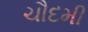
ચૌદમી